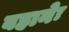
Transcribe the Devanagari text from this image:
बहानेः